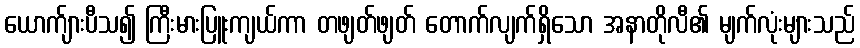
ယောက်ျားပီသ၍ ကြီးမားပြူးကျယ်ကာ တဖျတ်ဖျတ် တောက်လျက်ရှိသော အနာတိုလီ၏ မျက်လုံးများသည်